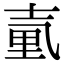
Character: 𡔬